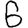
Digit: 6